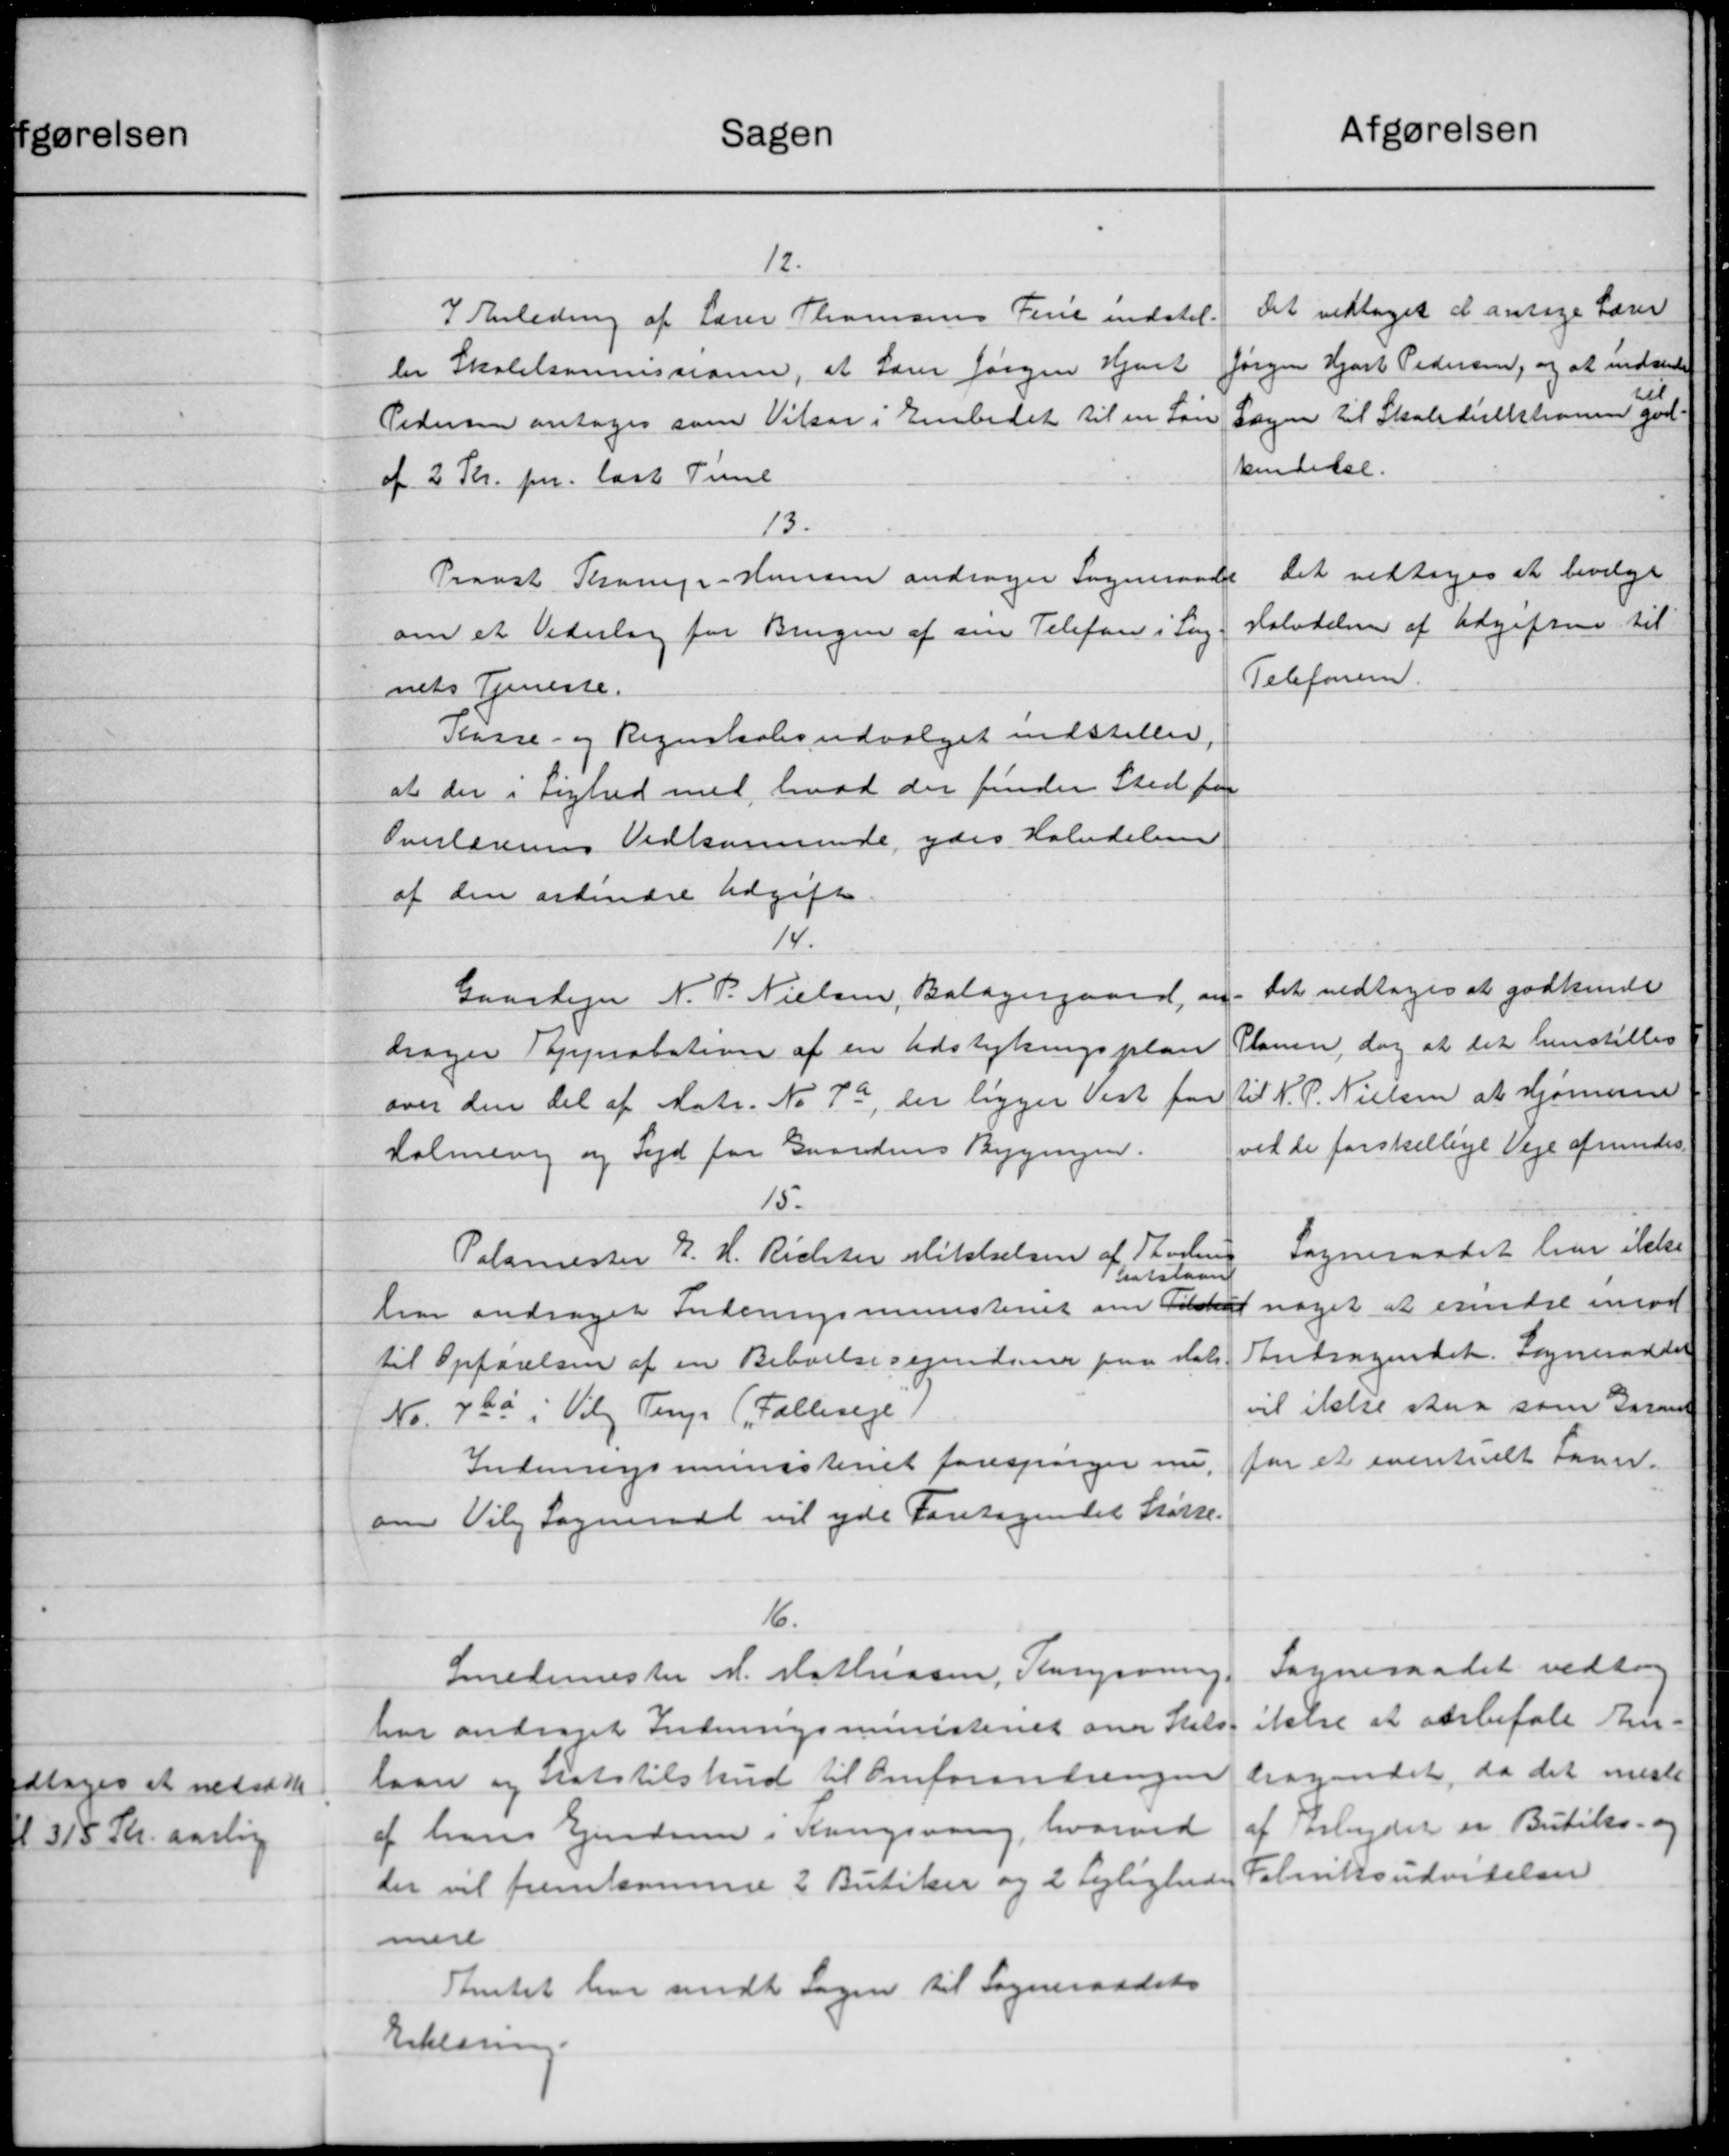
Transskription:
Sagen
12.
I Anledning af Lærer Thomsens Ferie indstil
ler Skolekomissioner, at Lærer Jørgen Hjort
Pedersen antages som Vilser i Embedet til en Løn
af 2 Kr. pr. last Til
13.
Provst Thomp-Hansen andrager Sogneraadet
om et Vederlag for Brugen af sin Telefon i Sag
nets Tjenene.
Kasse- og Regnskabsudvalget indstiller.
at der i Lighed med hvad der finder Sted paa
Overlærerens Vedkommende ydes Halvdelen
af den ordinære Udgift
14.
Gaardejer N. P. Nielsen, Balagergaard, an-
drager Tapprobation af en Udstykningsplan
over den del af Matr. No 7a, der ligger Vest for
Holmevej og Syd for Gaardens Bygningen.
15.
Palamester E. H. Richter Mikkelsen af Thorling
Statslaan
har andrager Indenrigsministeriet om Tilskud
til Opførelsen af en Beboelsesejendom paa stats
Nr. 720 i Vilg. Terp (Fællerege
Indenrigsministeriet forespørger o
om Viby Sogneraad vil yde Foretagendet Støtte-
6.
Smedemester M. Mathiasen, Rungsøring.
har andraget Indenrigsministeriet over Stats
laan og statstilskud til Omforandringen
af hans Ejendom i Kangsvang, hvorved
der vil fremkomme 2 Butiker og 2 Lejligheds
mere
Amtet har sendt Sagen til Sogneraadets
Erklæring.